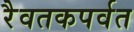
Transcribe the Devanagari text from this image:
रैवतकपर्वत